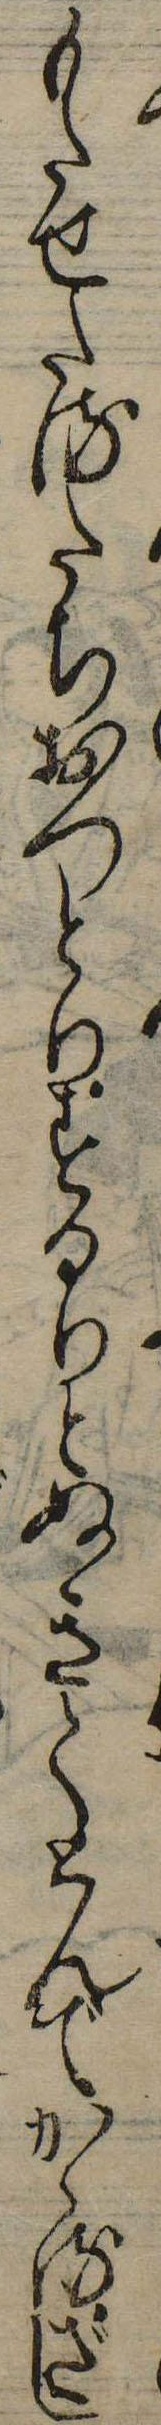
もたせたるたちおつとりするりとぬきてとんでかゝるざし